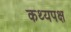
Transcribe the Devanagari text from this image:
कथ्यपक्ष